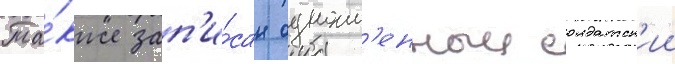
Та́кже зап'и́сан одноим'енныи солдатск'ии